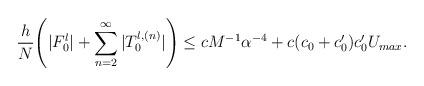
LaTeX: \begin{align*}\frac{h}{N}\Bigg(|F_0^l|+\sum_{n=2}^{\infty}|T_0^{l,(n)}|\Bigg)\le cM^{-1}\alpha^{-4}+ c(c_0+{c_0'})c_0'U_{max}.\end{align*}